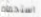
استحمام